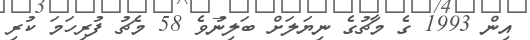
އިން 1993 ގެ މާޗުގެ ނިޔަލަށް ބަލިނުވެ 58 މެޗު ފުރިހަމަ ކުރި